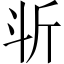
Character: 𣁰